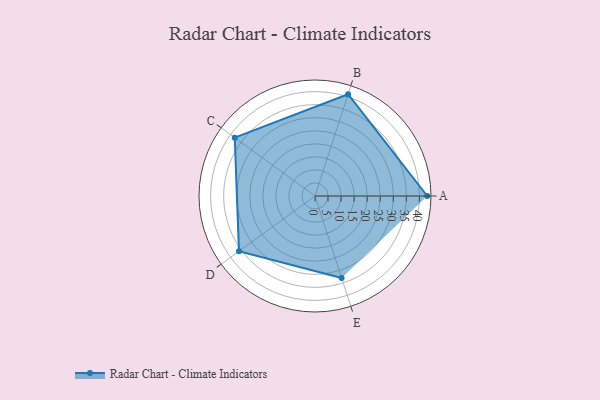
{"axis": {"x": "Skill", "y": "Score"}, "legend": ["Profile"], "data": [{"x": "A", "y": 43.0, "type": "Profile"}, {"x": "B", "y": 41.0, "type": "Profile"}, {"x": "C", "y": 38.0, "type": "Profile"}, {"x": "D", "y": 36.0, "type": "Profile"}, {"x": "E", "y": 33.0, "type": "Profile"}]}